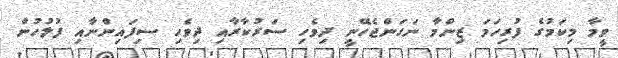
ވީމާ މިކަމުގެ ފުރިހަމަ ޒިންމާ ނަގަންޖެހޭނީ ދިވެހި ސަރުކާރާއި ދިވެހި ސިފައިންނާއި ފުލުހުން